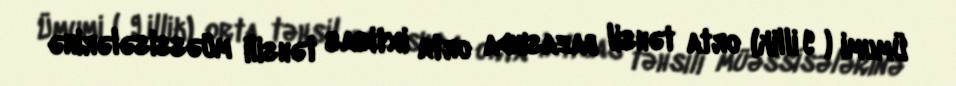
Ümumi ( 9 illik) orta təhsil bazasında orta ixtisas təhsili müəssisələrinə